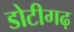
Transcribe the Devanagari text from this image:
डोटीगढ़